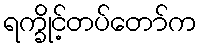
ရက္ခိုင့်တပ်တော်က